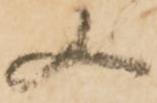
又